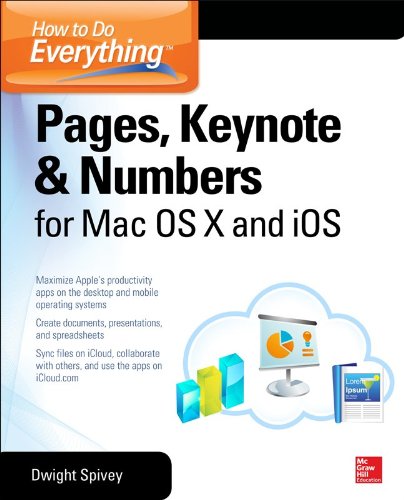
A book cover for How to Do Everything: Pages, Keynote & Numbers for OS X and iOS; Dwight Spivey; Computers & Technology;